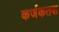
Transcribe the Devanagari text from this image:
कर्जकतबा